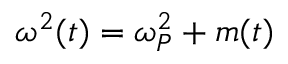
\omega ^ { 2 } ( t ) = \omega _ { P } ^ { 2 } + m ( t )